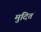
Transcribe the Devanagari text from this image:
मुदितं